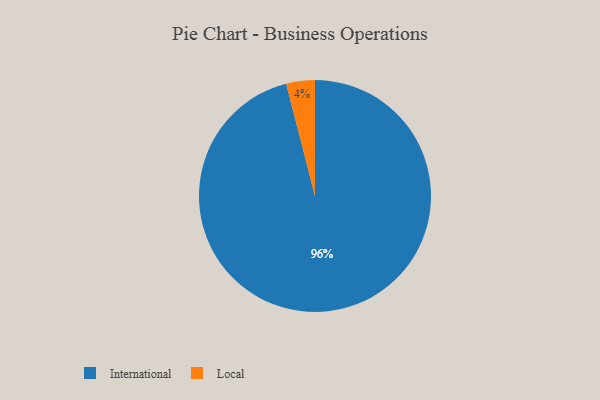
{"axis": {"x": "Category", "y": "Percentage"}, "legend": ["International", "Local"], "data": [{"x": "International", "y": 96, "type": "International"}, {"x": "Local", "y": 4, "type": "Local"}]}